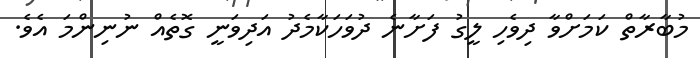
މުބާރާތް ކަމަށްވާ ދިވެހި ލީގު ފަށާނެ ދުވަހަކާމެދު އަދިވަނީ ގޮތެއް ނުނިންމަ އެވެ.